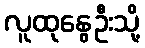
လူထုနွေဦးသို့